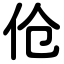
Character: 伧